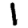
Digit: 1